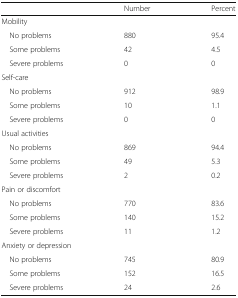
|  | Number | Percent |
 | --- | --- | --- |
 | <COLSPAN=3> Mobility |
 | No problems | 880 | 95.4 |
 | Some problems | 42 | 4.5 |
 | Severe problems | 0 | 0 |
 | <COLSPAN=3> Self-care |
 | No problems | 912 | 98.9 |
 | Some problems | 10 | 1.1 |
 | Severe problems | 0 | 0 |
 | <COLSPAN=3> Usual activities |
 | No problems | 869 | 94.4 |
 | Some problems | 49 | 5.3 |
 | Severe problems | 2 | 0.2 |
 | <COLSPAN=3> Pain or discomfort |
 | No problems | 770 | 83.6 |
 | Some problems | 140 | 15.2 |
 | Severe problems | 11 | 1.2 |
 | <COLSPAN=3> Anxiety or depression |
 | No problems | 745 | 80.9 |
 | Some problems | 152 | 16.5 |
 | Severe problems | 24 | 2.6 |